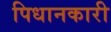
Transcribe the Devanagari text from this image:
पिधानकारी